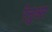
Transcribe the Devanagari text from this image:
रेनुअर